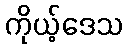
ကိုယ့်ဒေသ